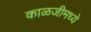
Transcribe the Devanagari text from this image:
काळजीमध्ये